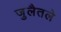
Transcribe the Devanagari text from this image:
जुलैतले